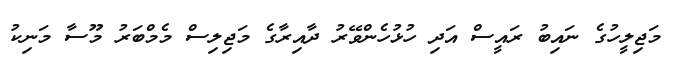
މަޖިލީހުގެ ނައިބު ރައީސް އަދި ހުޅުހެންވޭރު ދާއިރާގެ މަޖިލިސް މެމްބަރު މޫސާ މަނިކު